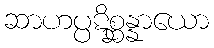
ဆာဟပ္ပဋိစ္ဆန္နာယော